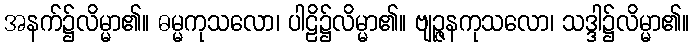
အနက်၌လိမ္မာ၏။ ဓမ္မကုသလော၊ ပါဠိ၌လိမ္မာ၏။ ဗျဉ္ဇနကုသလော၊ သဒ္ဒါ၌လိမ္မာ၏။